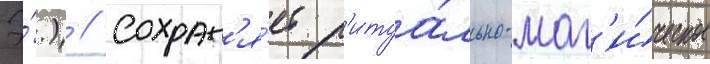
Э́.) // Сохран'я́ет р'итуа́льно-маг'и́ческое